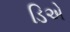
ડિએ